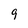
Character: 9